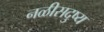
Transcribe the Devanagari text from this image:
नळीसदुष्य